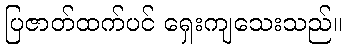
ပြဇာတ်ထက်ပင် ရှေးကျသေးသည်။